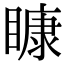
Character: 𥉽